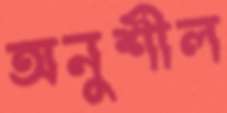
অনুশীল